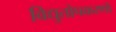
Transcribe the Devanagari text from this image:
विद्युतोपकरणों